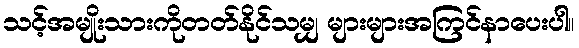
သင့်အမျိုးသားကိုတတ်နိုင်သမျှ များများအကြင်နာပေးပါ။